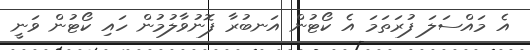
އެ މައްސަލަ ފުރަތަމަ އެ ކޯޓުން އަނބުރާ ފޮނުވާލުމުން ހައި ކޯޓުން ވަނީ